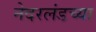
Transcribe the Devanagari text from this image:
नेदरलंडच्या